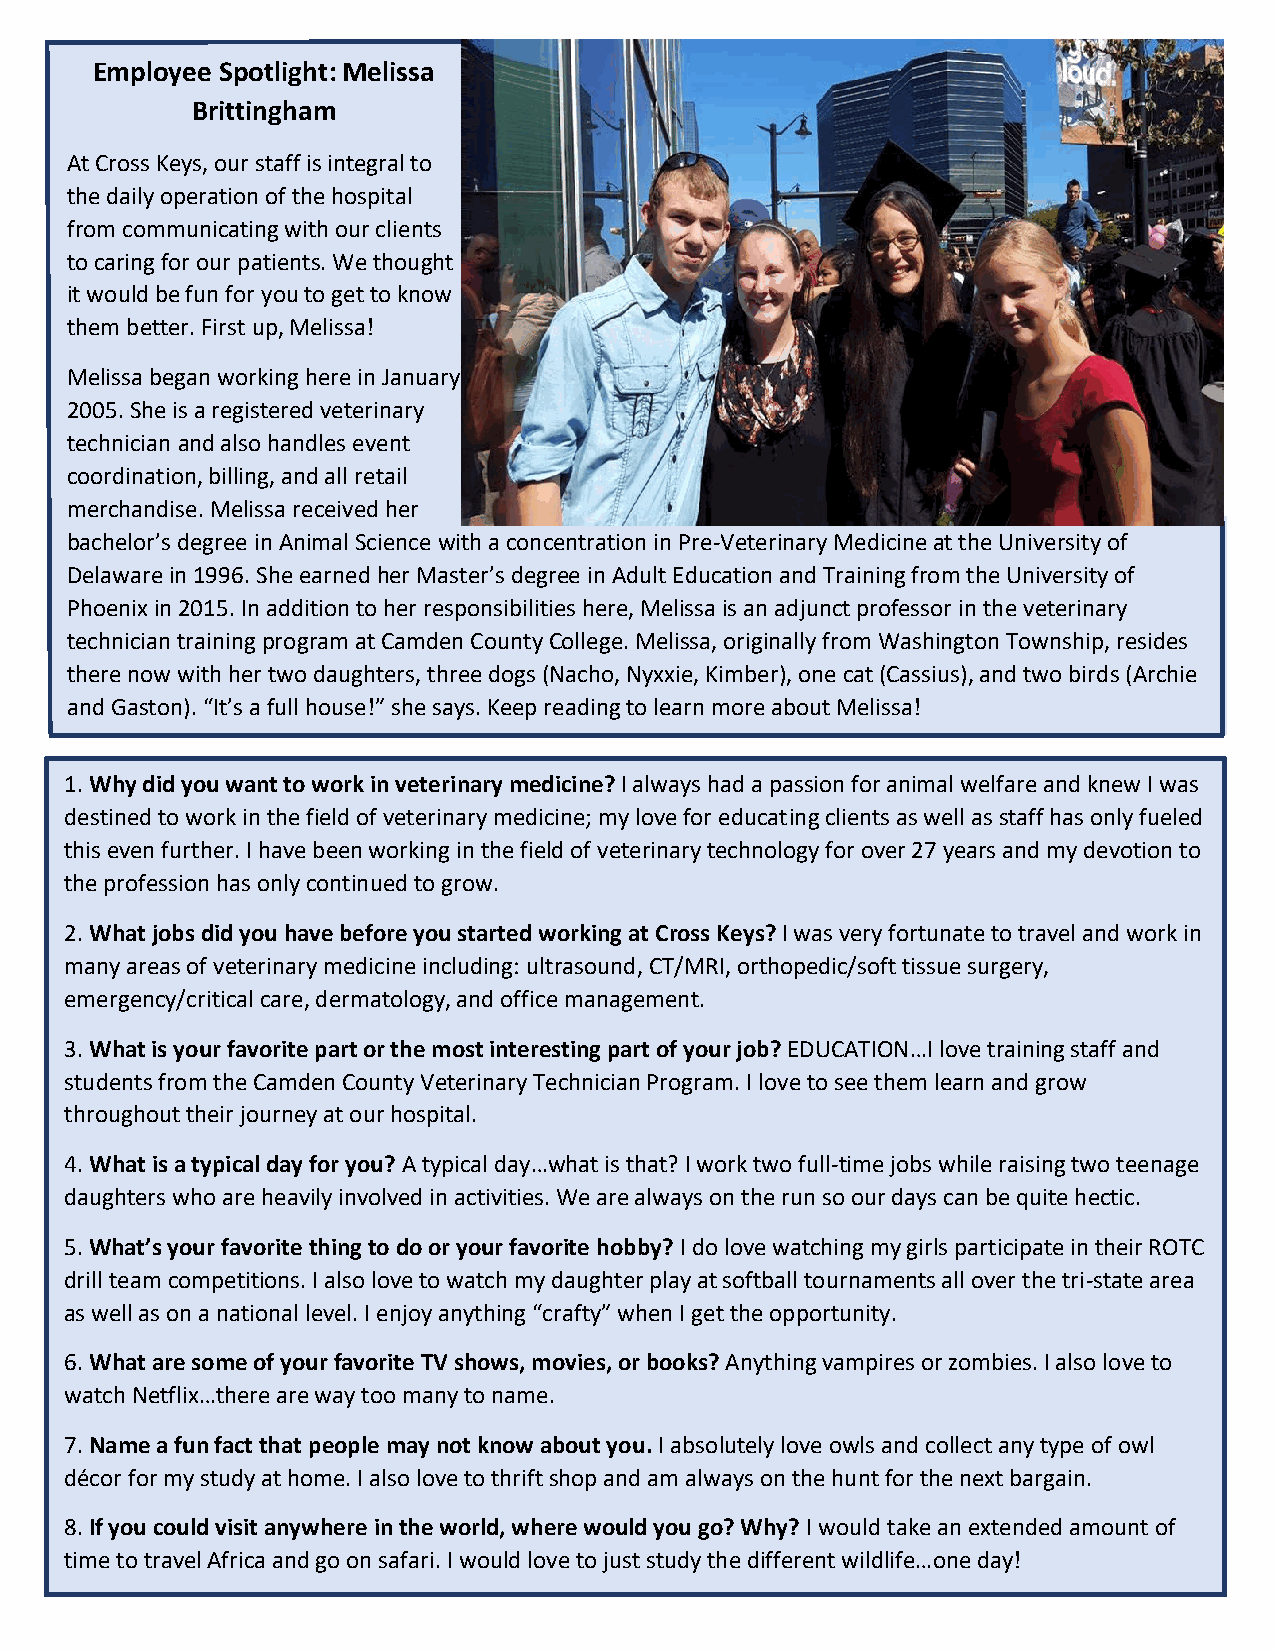
Employee Spotlight: Melissa
 Brittingham
 At Cross Keys, our staff is integral to
 the daily operation of the hospital
 from communicating with our clients
 to caring for our patients. We thought
 it would be fun for you to get to know
 them better. First up, Melissa!
 Melissa began working here in January
 2005. She is a registered veterinary
 technician and also handles event
 coordination, billing, and all retail
 merchandise. Melissa received her
 bachelor’s degree in Animal Science with a concentration in Pre-Veterinary Medicine at the University of
 Delaware in 1996. She earned her Master’s degree in Adult Education and Training from the University of
 Phoenix in 2015. In addition to her responsibilities here, Melissa is an adjunct professor in the veterinary
 technician training program at Camden County College. Melissa, originally from Washington Township, resides
 there now with her two daughters, three dogs (Nacho, Nyxxie, Kimber), one cat (Cassius), and two birds (Archie
 and Gaston). “It’s a full house!” she says. Keep reading to learn more about Melissa!
 1. Why did you want to work in veterinary medicine? I always had a passion for animal welfare and knew I was
 destined to work in the field of veterinary medicine; my love for educating clients as well as staff has only fueled
 this even further. I have been working in the field of veterinary technology for over 27 years and my devotion to
 the profession has only continued to grow.
 2. What jobs did you have before you started working at Cross Keys? I was very fortunate to travel and work in
 many areas of veterinary medicine including: ultrasound, CT/MRI, orthopedic/soft tissue surgery,
 emergency/critical care, dermatology, and office management.
 3. What is your favorite part or the most interesting part of your job? EDUCATION…I love training staff and
 students from the Camden County Veterinary Technician Program. I love to see them learn and grow
 throughout their journey at our hospital.
 4. What is a typical day for you? A typical day…what is that? I work two full-time jobs while raising two teenage
 daughters who are heavily involved in activities. We are always on the run so our days can be quite hectic.
 5. What’s your favorite thing to do or your favorite hobby? I do love watching my girls participate in their ROTC
 drill team competitions. I also love to watch my daughter play at softball tournaments all over the tri-state area
 as well as on a national level. I enjoy anything “crafty” when I get the opportunity.
 6. What are some of your favorite TV shows, movies, or books? Anything vampires or zombies. I also love to
 watch Netflix…there are way too many to name.
 7. Name a fun fact that people may not know about you. I absolutely love owls and collect any type of owl
 décor for my study at home. I also love to thrift shop and am always on the hunt for the next bargain.
 8. If you could visit anywhere in the world, where would you go? Why? I would take an extended amount of
 time to travel Africa and go on safari. I would love to just study the different wildlife…one day!